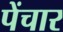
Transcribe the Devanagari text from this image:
पेंचार